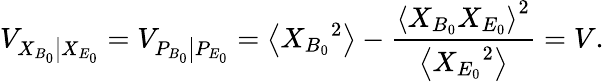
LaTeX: {{V}_{\left.{{X}_{{{B}_{0}}}}\right|{{X}_{{{E}_{0}}}}}}={{V}_{\left.{{P}_{{{B}_{0}}}}\right|{{P}_{{{E}_{0}}}}}}=\left\langle{{X}_{{{B}_{0}}}}^{2}\right\rangle-\frac{{{\left\langle{{X}_{{{B}_{0}}}}{{X}_{{{E}_{0}}}}\right\rangle}^{2}}}{\left\langle{{X}_{{{E}_{0}}}}^{2}\right\rangle}=V.